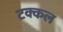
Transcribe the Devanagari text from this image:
टक्कल